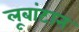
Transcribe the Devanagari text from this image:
लूबांटान